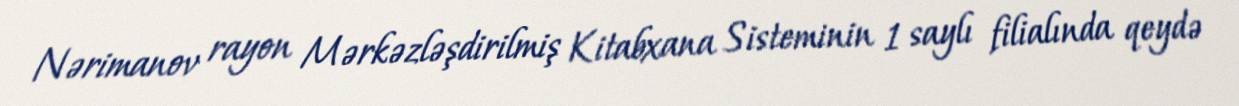
Nərimanov rayon Mərkəzləşdirilmiş Kitabxana Sisteminin 1 saylı filialında qeydə